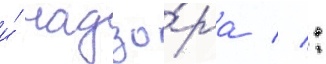
и́ надзо́ра // :